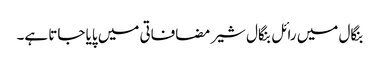
بنگال میں رائل بنگال شیر مضافاتی میں پایا جاتا ہے۔